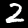
Digit: 2